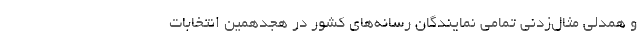
و همدلی مثال‌زدنی تمامی نمایندگان رسانه‌های کشور در هجدهمین انتخابات